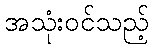
အသုံးဝင်သည့်